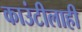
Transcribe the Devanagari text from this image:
काउंटीलाही